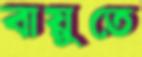
বায়ুতে